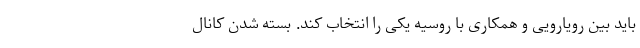
باید بین رویارویی و همکاری با روسیه یکی را انتخاب کند. بسته شدن کانال